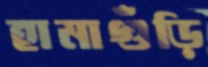
হামাগুঁড়ি